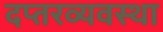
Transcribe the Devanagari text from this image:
दप्तरव्यवस्था